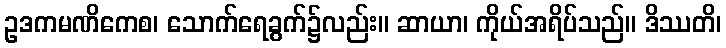
ဥဒကမဏိကေစ၊ သောက်ရေခွက်၌လည်း။ ဆာယာ၊ ကိုယ်အရိပ်သည်။ ဒိဿတိ၊